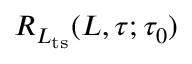
R _ { L _ { \mathrm { t s } } } ( L , \tau ; \tau _ { 0 } )